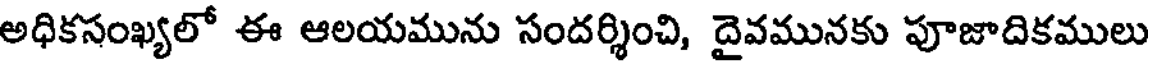
అధికసంఖ్యలో ఈ ఆలయమును సందర్శించి, దైవమునకు పూజాదికములు